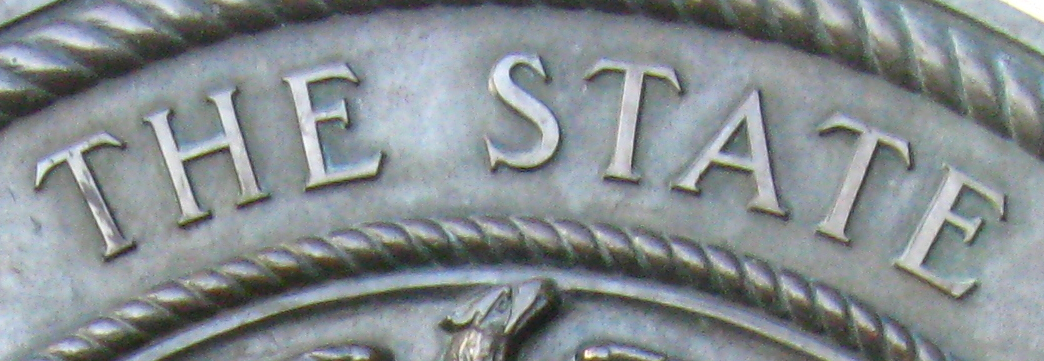
THE STATE